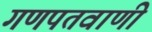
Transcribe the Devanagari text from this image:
गणपतवाणी